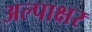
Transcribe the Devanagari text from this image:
अल्पाक्षर